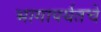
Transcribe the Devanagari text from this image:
भागापर्यतचे